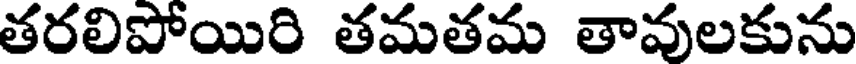
తరలిపోయిరి తమతమ తావులకును